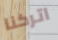
اتركنا